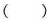
( )